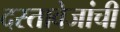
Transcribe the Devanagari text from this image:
दस्तावेजांची